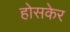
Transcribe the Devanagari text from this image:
होसकेर